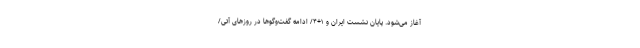
آغاز می‌شود. پایان نشست ایران و ۱+۴/ ادامه گفت‌وگوها در روزهای آتی/